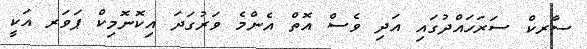
ސާރކް ސަރަހައްދުގައި އަދި ވެސް އޮތް އެންމެ ވަރުގަދަ އިކޮނޮމިކް ޕަވަރ އަކީ